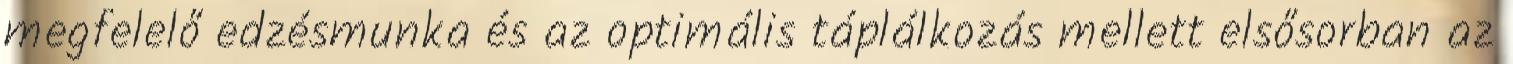
megfelelő edzésmunka és az optimális táplálkozás mellett elsősorban az